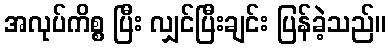
အလုပ်ကိစ္စ ပြီး လျှင်ပြီးချင်း ပြန်ခဲ့သည်။